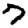
Digit: 7